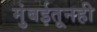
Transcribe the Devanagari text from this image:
मुंबईतूनही